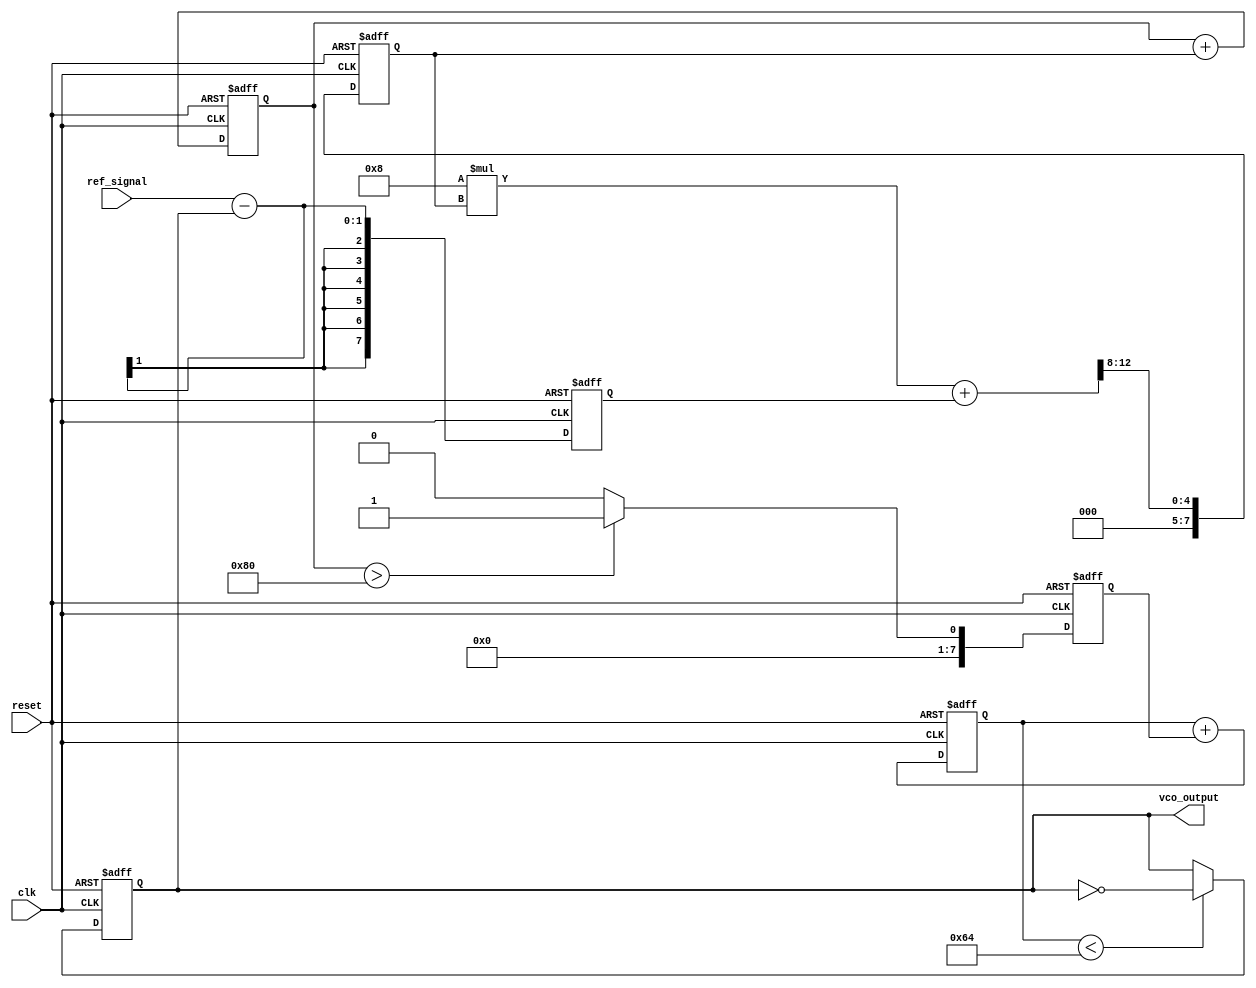
module SigmaDeltaPLL (
    input wire clk,              // System clock
    input wire reset,            // Asynchronous reset
    input wire ref_signal,       // Reference input signal
    output wire vco_output       // Output of the VCO
);

// Parameters
parameter N = 8;                // Bit width for the sigma-delta modulator
parameter LOOP_FILTER_COEFF = 8; // Loop filter coefficient
parameter VCO_MAX_FREQ = 100;   // Max frequency for VCO

// Internal signals
reg [N-1:0] phase_error;        // Phase error signal
reg [N-1:0] loop_filter_output; // Output of the loop filter
reg [N-1:0] sigma_delta_out;    // Output of sigma-delta modulator
reg [N-1:0] vco_control;        // Control signal for VCO
reg vco_clk;                    // VCO clock signal

// Phase Detector (PD)
always @(posedge clk or posedge reset) begin
    if (reset) begin
        phase_error <= 0;
    end else begin
        // Simple phase detector logic (can be improved)
        phase_error <= ref_signal - vco_clk; // Phase difference
    end
end

// Loop Filter
always @(posedge clk or posedge reset) begin
    if (reset) begin
        loop_filter_output <= 0;
    end else begin
        loop_filter_output <= (LOOP_FILTER_COEFF * loop_filter_output + phase_error) >> 8; // Low-pass filter
    end
end

// Sigma-Delta Modulator
reg [N-1:0] integrator; // Integrator for sigma-delta modulator
always @(posedge clk or posedge reset) begin
    if (reset) begin
        integrator <= 0;
        sigma_delta_out <= 0;
    end else begin
        integrator <= integrator + loop_filter_output; // Integrate the loop filter output
        sigma_delta_out <= (integrator > (1 << (N-1))) ? 1 : 0; // 1-bit quantizer
    end
end

// Voltage-Controlled Oscillator (VCO)
always @(posedge clk or posedge reset) begin
    if (reset) begin
        vco_control <= 0;
        vco_clk <= 0;
    end else begin
        vco_control <= vco_control + sigma_delta_out; // Update control based on sigma-delta output
        vco_clk <= (vco_control < VCO_MAX_FREQ) ? ~vco_clk : vco_clk; // Generate VCO clock signal
    end
end

assign vco_output = vco_clk; // Output of the VCO

endmodule